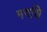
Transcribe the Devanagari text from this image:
मगधि